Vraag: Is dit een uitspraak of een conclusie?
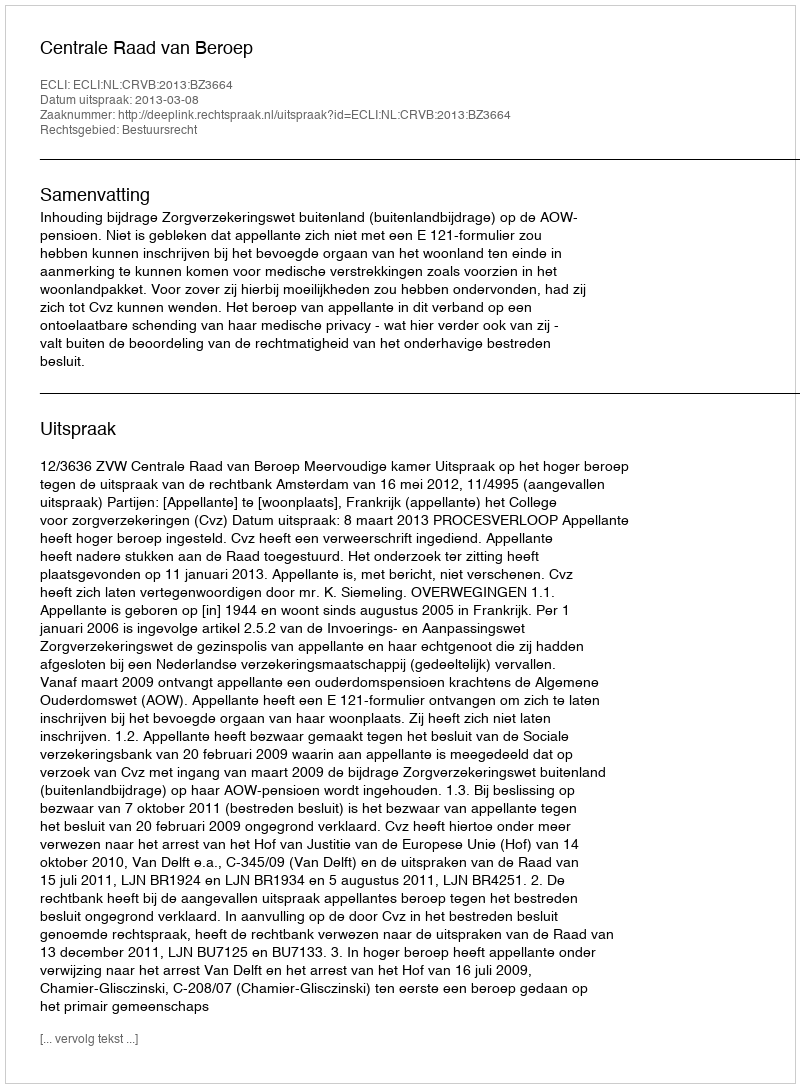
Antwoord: Uitspraak